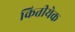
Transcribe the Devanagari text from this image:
कितीयेक